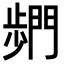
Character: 𮤓